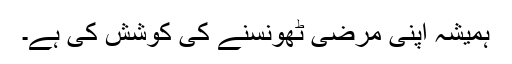
ہمیشہ اپنی مرضی ٹھونسنے کی کوشش کی ہے۔